Report on vaccination in Madras 1904-1921 - 1904-1921
Year: 1904
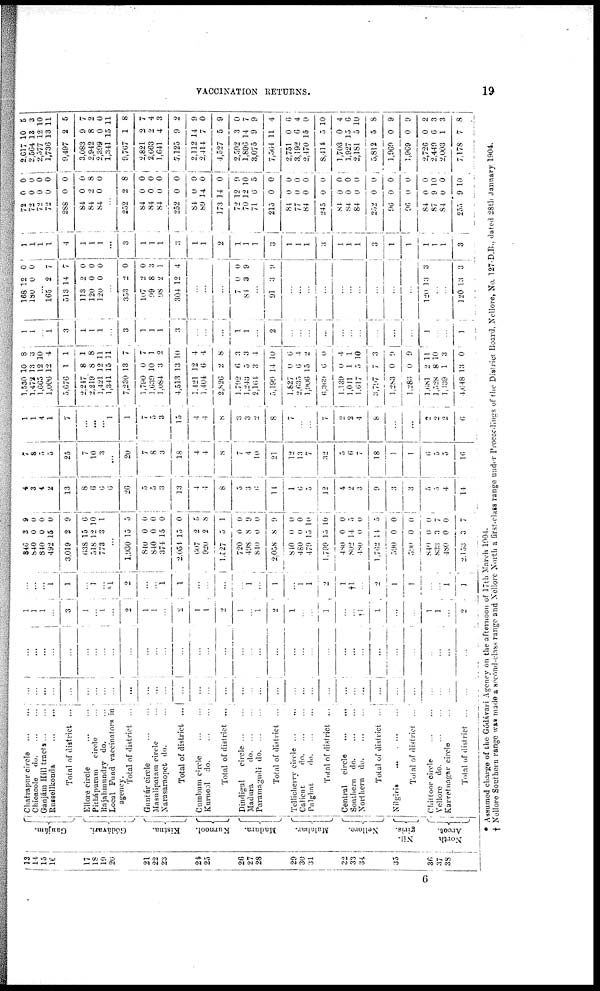
VACCINATION RETURNS.
19
13
1 4
15
16
17
18
19
20
21
22
23
24
25
26
27
28
20
30
31
32
33
34
35
36
37
38
Ganjám.
Gódávari.
Kistna.
Kurnool.
Madura.
Malabar.
Nellore.
Nil¬
giris.
North
Arcot.
Chatrapur circle
...
...
Chicacole
do. ... ...
Ganjám Hill tracts
...
...
Russell konda
...
...
Total of district ...
Ellore circle ... ...
Pithápuram
circle ... ...
Rajahmundry do.
Local Fund vaccinators in
Total of district ...
Guntúr circle
...
...
Masulipatam circle ...
Narasaraopet do. ...
Total of district ...
Cumbum circle ... ...
Kurnool
do.
...
...
Total of district ...
Dhindigul circle ... ...
Madura
do. ... ...
Paramagudi do . ... ...
Total of district ...
Calient
do. ...
Palghat
do
...
...
Total of district ...
Central
circle
...
...
Southern do
...
...
Northern do
...
...
Total of district ...
Nilgiris
...
...
...
Total of district ...
Chittoor circle ... ...
Vellore
do.
...
...
Karvetnagar circle ...
Total of district ...
...
... ...
...
...
...
...
... ...
...
...
...
...
...
...
...
...
...
...
...
...
...
...
...
...
...
...
...
...
...
...
...
...
...
...
...
... ...
...
...
...
...
... ...
...
...
...
...
...
...
...
...
...
...
...
...
...
...
...
...
...
...
...
...
...
...
...
...
...
...
1
1
1
...
3
1
...
1
...
2
1
1
...
2
1
1
2
1
1
2
1
...
...
1
...
†1
1
...
...
1
1
...
2
...
...
...
1
1
...
1
...
*1
2
...
...
1
1
...
...
...
...
1
...
1
...
1
1
2
1
†1
...
2
1
1
...
...
1
1
846
840
840
492
3,019
638
518
773
...
1,930
840
840
374
2,054
607
920
1,527
720
498
840
2,058
840
480
479
1,799
480
802
480
1,762
590
590
840
833
480
2,153
3
0
0
15
2
15
12
3
...
15
0
0
15
15
2
2
5
0
8
0
8
0
0
15
15
0
14
0
14
0
0
0
3
0
3
9
0
0
0
9
6
10
1
...
5
0
0
0
0
5
8
1
0
9
0
9
0
0
10
10
0
5
0
5
0
0
0
7
0
7
4
3
4
2
13
8
6
6
6
26
5
5
3
13
4
4
8
5
3
6
14
1
6
5
12
4
2
3
9
3
3
5
5
4
14
7
8
5
5
25
7
10
3
...
20
7
8
3
18
4
4
8
7
4
10
21
12
13
7
32
5
6
7
18
1
1
6
5
5
16
1
1
4
1
7
...
...
...
1
1
7
5
3
15
4
4
8
3
3
2
8
7
...
...
7
2
2
4
8
...
...
2
...
2
0
1,530
1,472
1,665
1,006
5,676
2,247
2,219
1,421
1,341
7,230
1,790
1,630
1,084
4,513
1,421
1,404
2,826
1,702
1,243
2,104
5,190
1,827
2,635
1,906
6,369
1,139
1,011
1,617
3,797
1,283
1,283
1,681
1,528
1,139
4,648
10
13
12
12
1
8
8
12
15
13
0
10
3
13
12
6
2
6
5
3
14
0
6
15
6
0
1
5
7
0
0
2
8
1
13
8
3
10
4
1
1
8
11
11
7
7
1
2
10
4
4
8
3
3
4
10
6
4
2
0
4
1
10
3
9
9
11
10
3
0
1
1
...
1
3
1
1
1
...
3
1
1
1
3
...
...
...
1
1
...
2
...
...
...
...
...
...
...
...
...
...
1
...
...
1
168
180
12
0
0
0
...
165
513
113
120
120
2
14
2
0
0
7
7
0
0
0
...
353
107
99
98
304
2
2
8
2
12
0
0
3
1
4
...
...
...
7
84
0
3
0
9
...
91 3 9
...
...
...
...
...
...
...
...
...
...
120 13 3
...
...
120 13 3
1
1
1
1
4
1
1
1
...
3
1
1
1
3
1
1
2
1
1
1
3
1
1
1
3
1
1
1
3
1
1
1
1
1
3
72
72
72
72
288
84
84
84
0
0
0
0
0
0
9
0
0
0
0
0
0
0
8
0
...
252
84
84
84
252
84
89
173
72
70
71
215
84
77
84
245
84
84
84
252
96
96
84
87
84
255
2
0
0
0
0
0
14
14
12
12
6
0
0
0
0
0
0
0
0
0
0
0
0
9
0
9
8
0
0
0
0
0
0
0
9
10
5
0
0
0
0
0
0 0
0
0
0
0
0
10
0
10
2,617
2,564
2,577
1,736
9,497
3,083
2,942
2,399
1,341
9,767
2,821
2,663
1,641
7,125
2,112
2,414
1,527
2,502
1,896
3,075
7,564
2,751
3,192
2,470
8,414
1,703
1,927
2,181
5,812
1,960
1,969
2,726
2,449
2,003
7,178
10
13
12
13
2
9
8
0
15
1
2
2
4
9
14
7
5
3
14
9
11
0
6
15
5
0
15
5
5
0
0
0
6
1
7
5
3
10
11
5
7
2
0
11
8
7
4
3
2
9
0
9
0
7
9
4
6
4
0
10
4
6
10
8
9
9
2
3
3
8
* Assumed charge of the Gódávari Agency on the afternoon of 17th March 1904.
† Nellore Southern range was made a second-class range and Nellore North a first-class range under Proceedings of the District Board. Nellore, No. 127.D.B., dated 28th January 1904.
6